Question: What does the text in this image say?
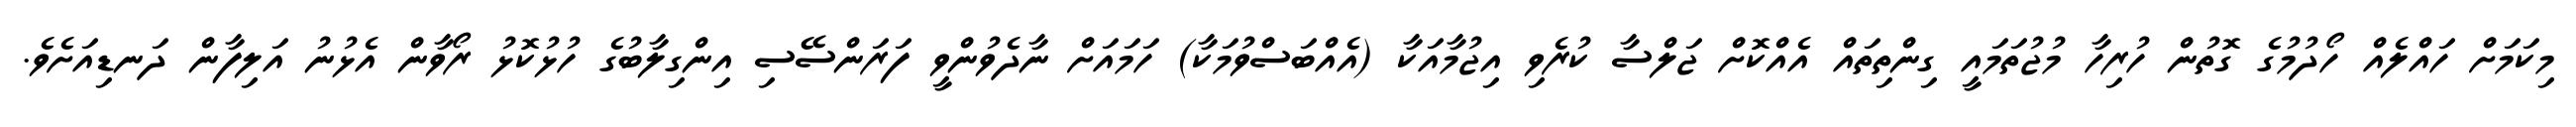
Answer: މިކަމަށް ހައްލެއް ހޯދުމުގެ ގޮތުން ހުރިހާ މުޖުތަމައީ ގިންތިތައް އެއްކޮށް ޖަލްސާ ކުރެވި އިޖުމާއަކާ (އެއްބަސްވުމަކާ) ހަމައަށް ނާދެވުންވީ ފަރަންސޭސި އިންގިލާބުގެ ހުޅުކޮޅު ރޯވާން އެޅުނު އަލިފާން ދަނޑިއަށެވެ.